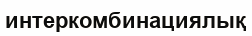
интеркомбинациялық